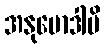
အနုမောဒါမိ